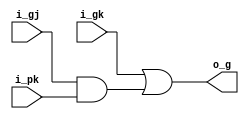
`default_nettype none

module grey_cell(
  input  wire i_gj,
  input  wire i_pk,
  input  wire i_gk,
  output wire o_g
);

assign o_g = i_gk | (i_gj & i_pk);

endmodule